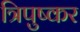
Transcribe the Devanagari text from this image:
त्रिपुष्कर